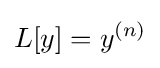
L[y]=y^{(n)}